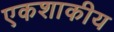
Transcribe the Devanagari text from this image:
एकशाकीय